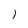
Character: l